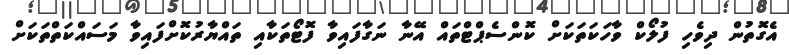
އެގޮތުން ދިވެހި ފުލޯކް ވާހަކަތަކަށް ކޮންސެޕްޓްތައް އޭނާ ނަގާފައިވާ ފޮޓޯތަކާއި ތައްޔާރުކޮށްފައިވާ މަސައްކަތްތަކަށް